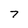
Character: 7